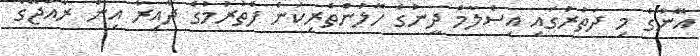
އޭނާގެ މި ދަތުރުގައި އިސްލާމް ދީނުގެ ހޭލުންތެރިކަން ފެތުރުމުގެ ދާއިރާ އިން ރާއްޖޭގެ